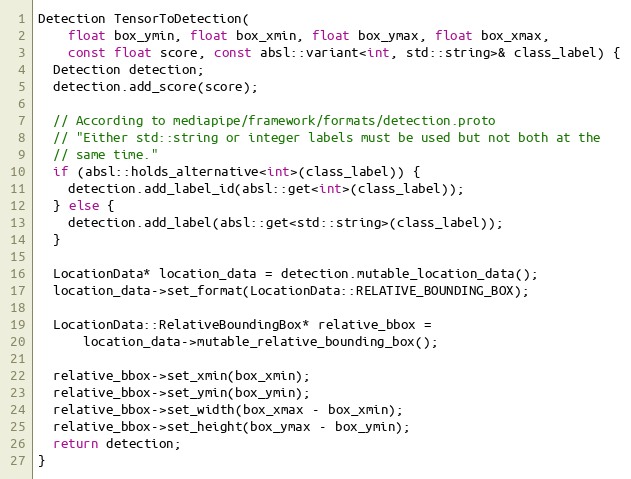
Language: C++
Detection TensorToDetection(
    float box_ymin, float box_xmin, float box_ymax, float box_xmax,
    const float score, const absl::variant<int, std::string>& class_label) {
  Detection detection;
  detection.add_score(score);

  // According to mediapipe/framework/formats/detection.proto
  // "Either std::string or integer labels must be used but not both at the
  // same time."
  if (absl::holds_alternative<int>(class_label)) {
    detection.add_label_id(absl::get<int>(class_label));
  } else {
    detection.add_label(absl::get<std::string>(class_label));
  }

  LocationData* location_data = detection.mutable_location_data();
  location_data->set_format(LocationData::RELATIVE_BOUNDING_BOX);

  LocationData::RelativeBoundingBox* relative_bbox =
      location_data->mutable_relative_bounding_box();

  relative_bbox->set_xmin(box_xmin);
  relative_bbox->set_ymin(box_ymin);
  relative_bbox->set_width(box_xmax - box_xmin);
  relative_bbox->set_height(box_ymax - box_ymin);
  return detection;
}